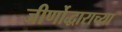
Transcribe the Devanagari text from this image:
जीर्णोद्धाराच्या